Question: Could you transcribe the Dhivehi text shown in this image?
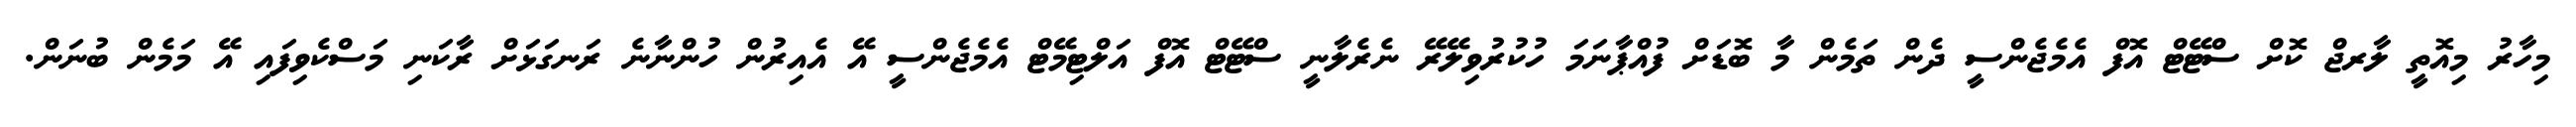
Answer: މިހާރު މިއޮތީ ލާރޖް ކޮށް ސްޓޭޓް އޮފް އެމެޖެންސީ ދެން ތަމެން މާ ބޮޑަށް ފުއްޕާނަމަ ހުކުރުވިލޭރޭ ނެރެލާނީ ސްޓޭޓް އޮފް އަލްޓިމޭޓް އެމެޖެންސީ އޭ އެއިރުން ހުންނާނެ ރަނގަޅަށް ރާކަނި މަސްކެވިފައި އޭ މަމެން ބުނަން.